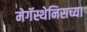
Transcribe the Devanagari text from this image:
मेगॅस्थेनिसच्या